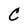
Character: C